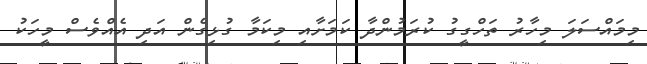
މިމައްސަލަ މިހާރު ތަހްގީގު ކުރަމުންދާ ކަމަށާއި މިކަމާ ގުޅިގެން އަދި އެއްވެސް މީހަކު